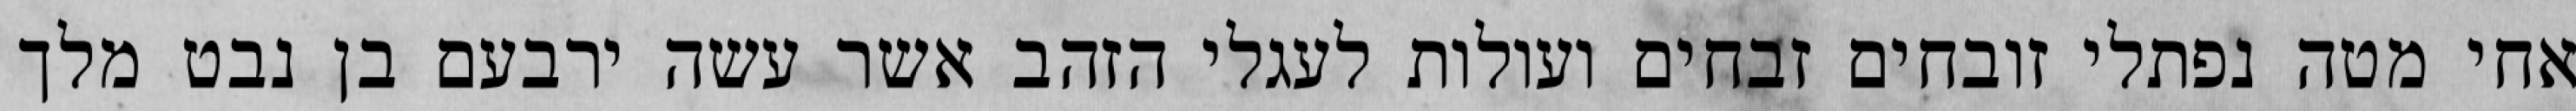
אחי מטה נפתלי זובחים זבחים ועולות לעגלי הזהב אשר עשה ירבעם בן נבט מלך